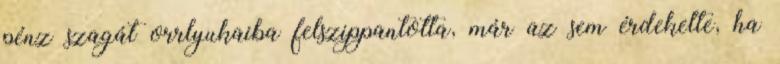
pénz szagát orrlyukaiba felszippantotta, már az sem érdekelte, ha